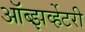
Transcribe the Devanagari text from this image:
ऑब्झर्व्हेटरी